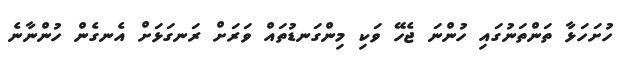
ހުށަހަޅާ ތަންތަނުގައި ހުންނަ ޖެހޭ ވަކި މިންގަނޑުތައް ވަރަށް ރަނގަޅަށް އެނގެން ހުންނާނެ